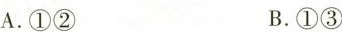
A.①② B.①③